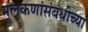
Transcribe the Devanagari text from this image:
मूलकणांसंबंधीच्या